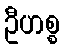
ဦဟစ္စ